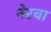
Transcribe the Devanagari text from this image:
नेरचा